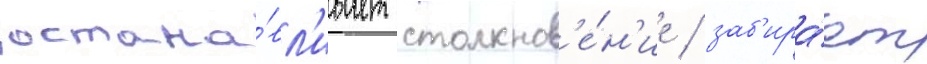
остана́вл'ивает столкнов'е́н'ие / заб'ира́ет